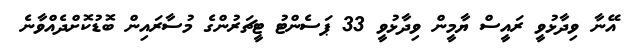
އޭނާ ވިދާޅުވީ ރައީސް ޔާމީން ވިދާޅުވީ 33 ޕަސެންޓު ޓީޗަރުންގެ މުސާރައިން ބޮޑުކޮށްދެއްވާނެ